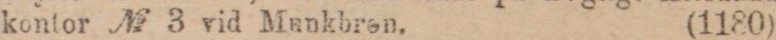
kontor № 3 vid Munkbren. (1180)